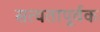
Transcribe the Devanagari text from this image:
सत्यतापूर्वक